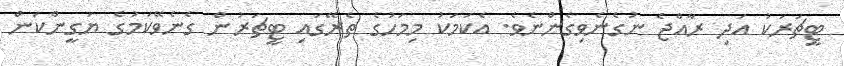
ޓީޗަރަކު އަދި ރާއްޖެ ނުގެނެވިގެންނެވެ. އެކަމަކު މިމަހުގެ ތެރޭގައި ޓީޗަރުން ގެނެވޭކަމުގެ ޔަގީންކަން